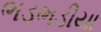
ભડભડીયા